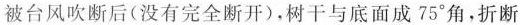
被台风吹断后(没有完全断开)，树干与底面成75°角，折断